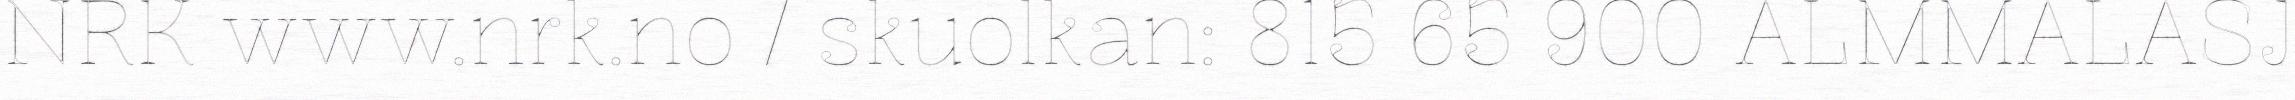
NRK www.nrk.no / skuolkan: 815 65 900 ALMMALASJ